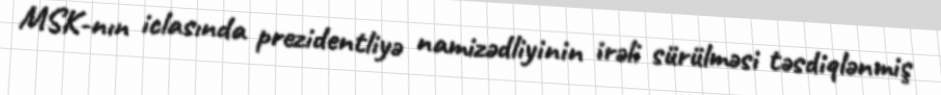
MSK-nın iclasında prezidentliyə namizədliyinin irəli sürülməsi təsdiqlənmiş